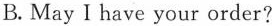
B.May I have your order?